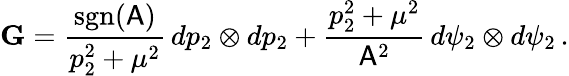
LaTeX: \mathbf{G}=\frac{\mathrm{sgn}(\mathsf{A})}{p_{2}^{2}+\mu^{2}}\, dp_{2}\otimes dp_{2}+\frac{p_{2}^{2}+\mu^{2}}{\mathsf{A}^{2}}\, d\psi_{2}\otimes d\psi_{2}\, .